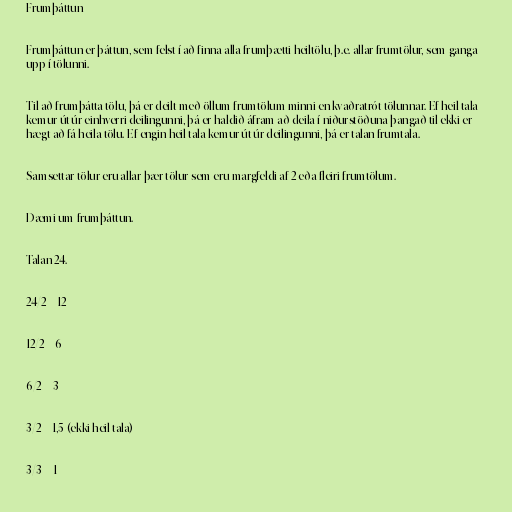
Frumþáttun

Frumþáttun er þáttun, sem felst í að finna alla frumþætti heiltölu, þ.e. allar frumtölur, sem ganga
upp í tölunni.

Til að frumþátta tölu, þá er deilt með öllum frumtölum minni en kvaðratrót tölunnar. Ef heil tala
kemur út úr einhverri deilingunni, þá er haldið áfram að deila í niðurstöðuna þangað til ekki er
hægt að fá heila tölu. Ef engin heil tala kemur út úr deilingunni, þá er talan frumtala.

Samsettar tölur eru allar þær tölur sem eru margfeldi af 2 eða fleiri frumtölum.

Dæmi um frumþáttun.

Talan 24.

24/2 = 12

12/2 = 6

6/2 = 3

3/2 = 1,5 (ekki heil tala)

3/3 = 1